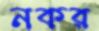
নকর